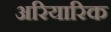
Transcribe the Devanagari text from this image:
अरियारिक